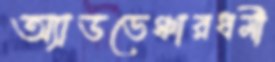
অ্যাডভেঞ্চারধর্মী